Vaccination in Burma 1920-1933 - 1920-1933
Year: 1920
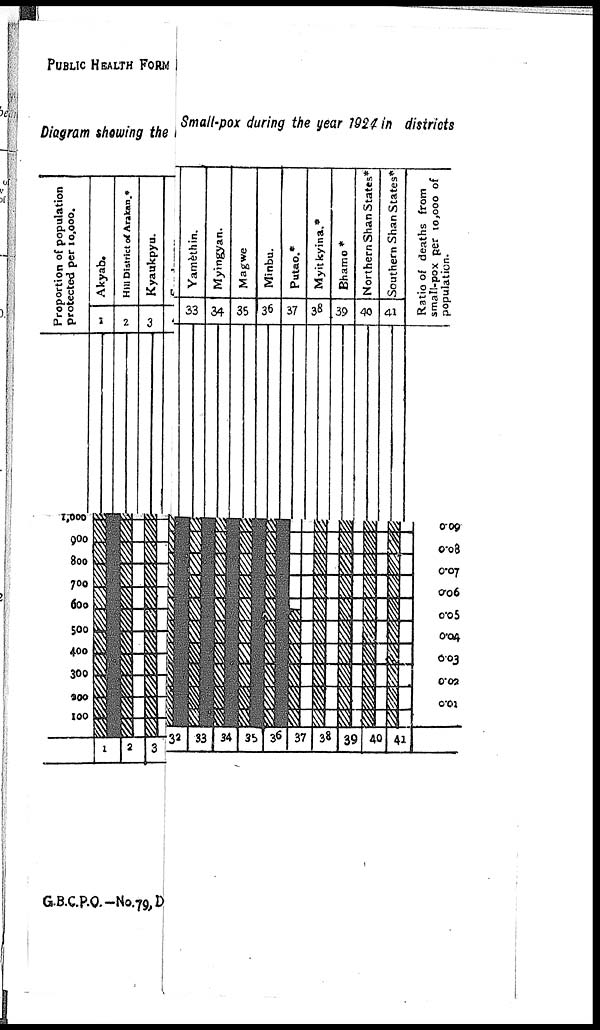
PUBLIC HEALTH FORM
Diagram showing the Small-pox during the year 1924 in districts
G.B.C.P.O.-No.79,D